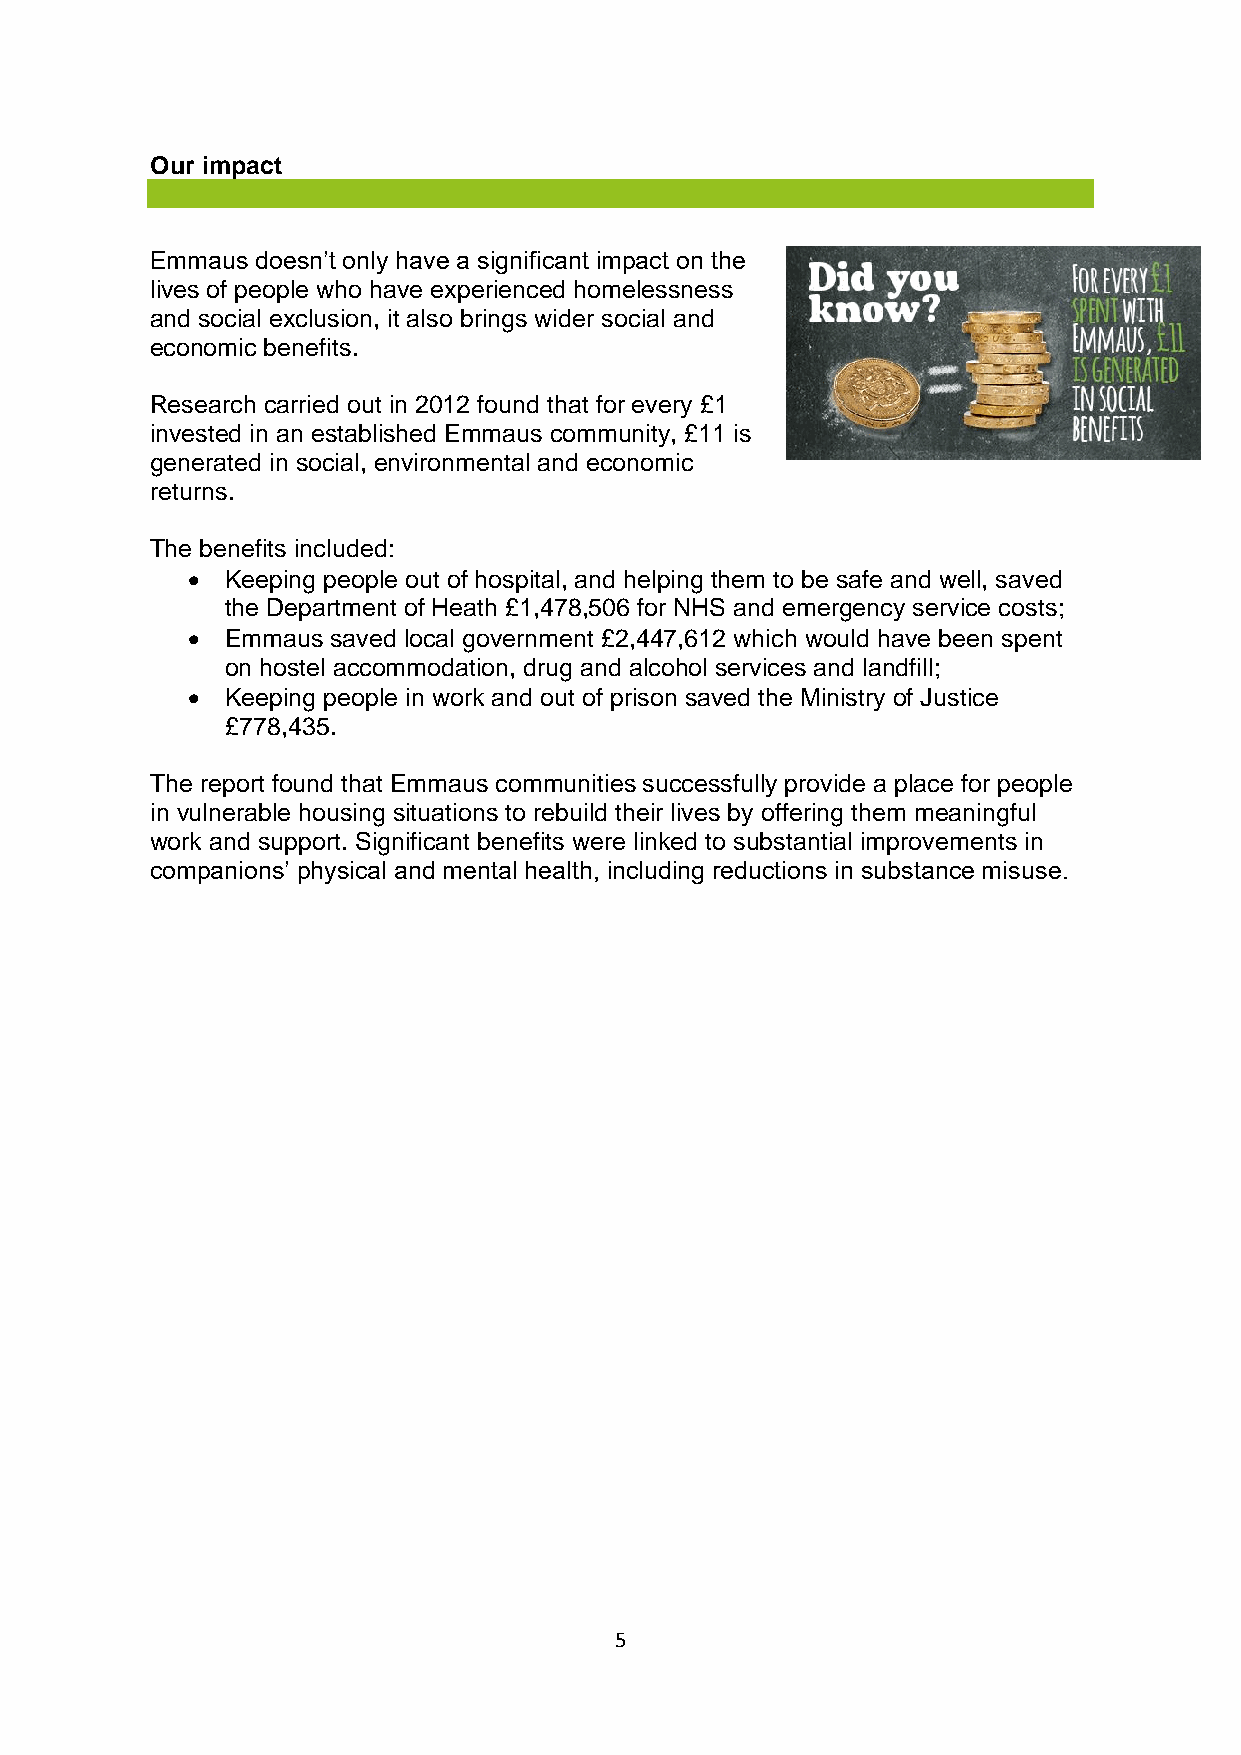
Our impact
 Emmaus doesn’t only have a significant impact on the
 lives of people who have experienced homelessness
 and social exclusion, it also brings wider social and
 economic benefits.
 Research carried out in 2012 found that for every £1
 invested in an established Emmaus community, £11 is
 generated in social, environmental and economic
 returns.
 The benefits included:
 •  Keeping people out of hospital, and helping them to be safe and well, saved
 the Department of Heath £1,478,506 for NHS and emergency service costs;
 •  Emmaus saved local government £2,447,612 which would have been spent
 on hostel accommodation, drug and alcohol services and landfill;
 •  Keeping people in work and out of prison saved the Ministry of Justice
 £778,435.
 The report found that Emmaus communities successfully provide a place for people
 in vulnerable housing situations to rebuild their lives by offering them meaningful
 work and support. Significant benefits were linked to substantial improvements in
 companions’ physical and mental health, including reductions in substance misuse.
 5